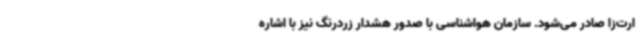
ارت‌زا صادر می‌شود. سازمان هواشناسی با صدور هشدار زردرنگ نیز با اشاره